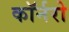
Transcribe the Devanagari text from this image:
कॉर्नरो